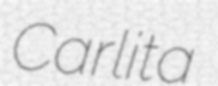
Carlita